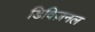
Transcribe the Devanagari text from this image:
डिविज़नल